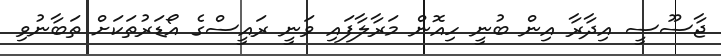
ޖާސޫސީ އިދާރާ އިން ބުނީ ހިއޮން މަރާލާފައި ވަނީ ރައީސްގެ އޯޑަރުތަކަށް ތަބާނުވި